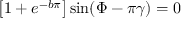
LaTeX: \left[ 1 + e ^ { - b \pi } \right] \sin ( \Phi - \pi \gamma ) = 0